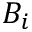
B _ { i }